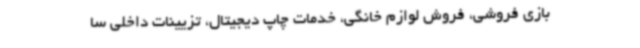
بازی فروشی، فروش لوازم خانگی، خدمات چاپ دیجیتال، تزیینات داخلی سا